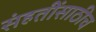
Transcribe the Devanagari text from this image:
संहतींसाठीच